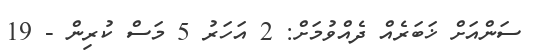
ސަންއަށް ޚަބަރެއް ދެއްވުމަށް: 2 އަހަރު 5 މަސް ކުރިން - 19